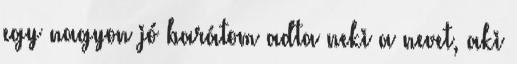
egy nagyon jó barátom adta neki a nevet, aki